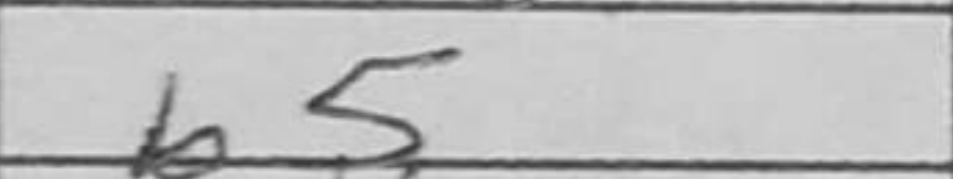
Transcription: b5